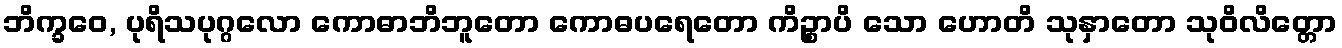
ဘိက္ခဝေ, ပုရိသပုဂ္ဂလော ကောဓာဘိဘူတော ကောဓပရေတော ကိဉ္စာပိ သော ဟောတိ သုနှာတော သုဝိလိတ္တော